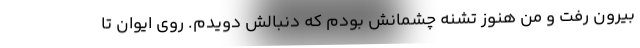
بیرون رفت و من هنوز تشنه چشمانش بودم که دنبالش دویدم. روی ایوان تا